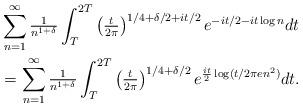
LaTeX: \begin{align*} {} & \sum_{n=1}^{\infty} \tfrac{1}{n^{1+\delta}} \int_{T}^{2T} \left({\tfrac{t}{2\pi}}\right)^{{1}/{4}+{\delta}/{2}+{it}/{2}} e^{-{it}/{2}-it \log n} dt \\ {} & = \sum_{n=1}^{\infty} \tfrac{1}{n^{1+\delta}} \int_{T}^{2T} \left({\tfrac{t}{2\pi}}\right)^{{1}/{4}+{\delta}/{2}} e^{\frac{it}{2} \log ({t}/{2\pi en^{2})}} dt. \end{align*}